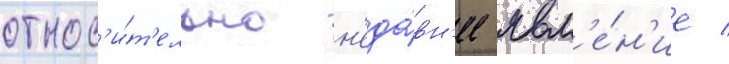
относ'и́т'ельно н'еда́вн'ее явл'е́н'ие /